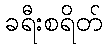
ခရီးစရိတ်